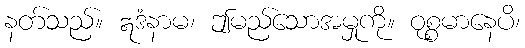
နတ်သည်။ ဣဒံနာမ၊ ဤမည်သောအမှုကို။ ဝုစ္စမာနေပိ၊